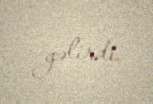
gəlirdi.